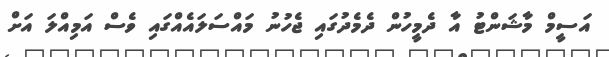
އަސީމް މާޝަންޓު އާ ދެމީހުން ދެމެދުގައި ޖެހުނު މައްސަލައެއްގައި ވެސް އަމިއްލަ އަށް